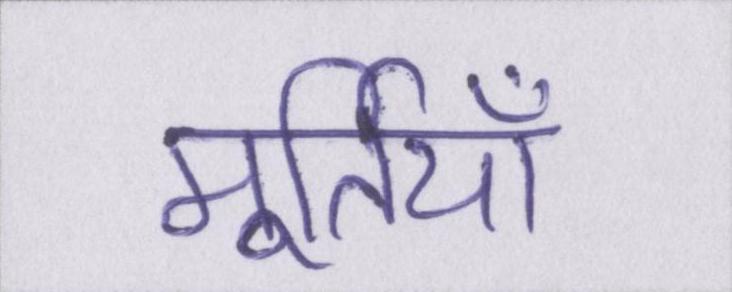
मूर्तियाँ